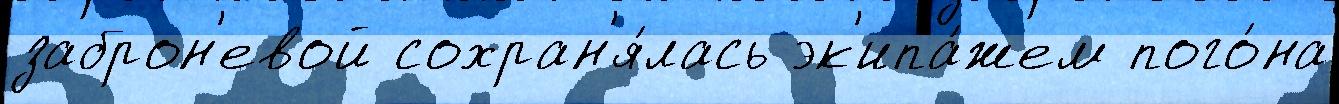
заброн'евой сохран'я́лась эк'ипа́жем пого́на